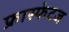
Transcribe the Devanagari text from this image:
फ्रास्फेटज